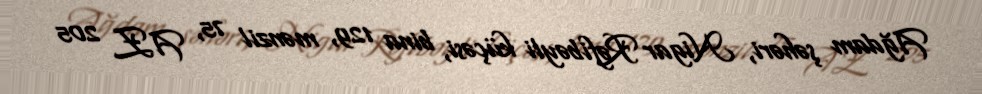
Ağdam şəhəri, Nigar Rəfibəyli küçəsi, bina 129, mənzil 75, AZ 205